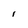
Character: l